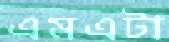
এমএটা